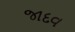
જાદવ